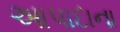
આપાદાના